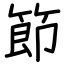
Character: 節